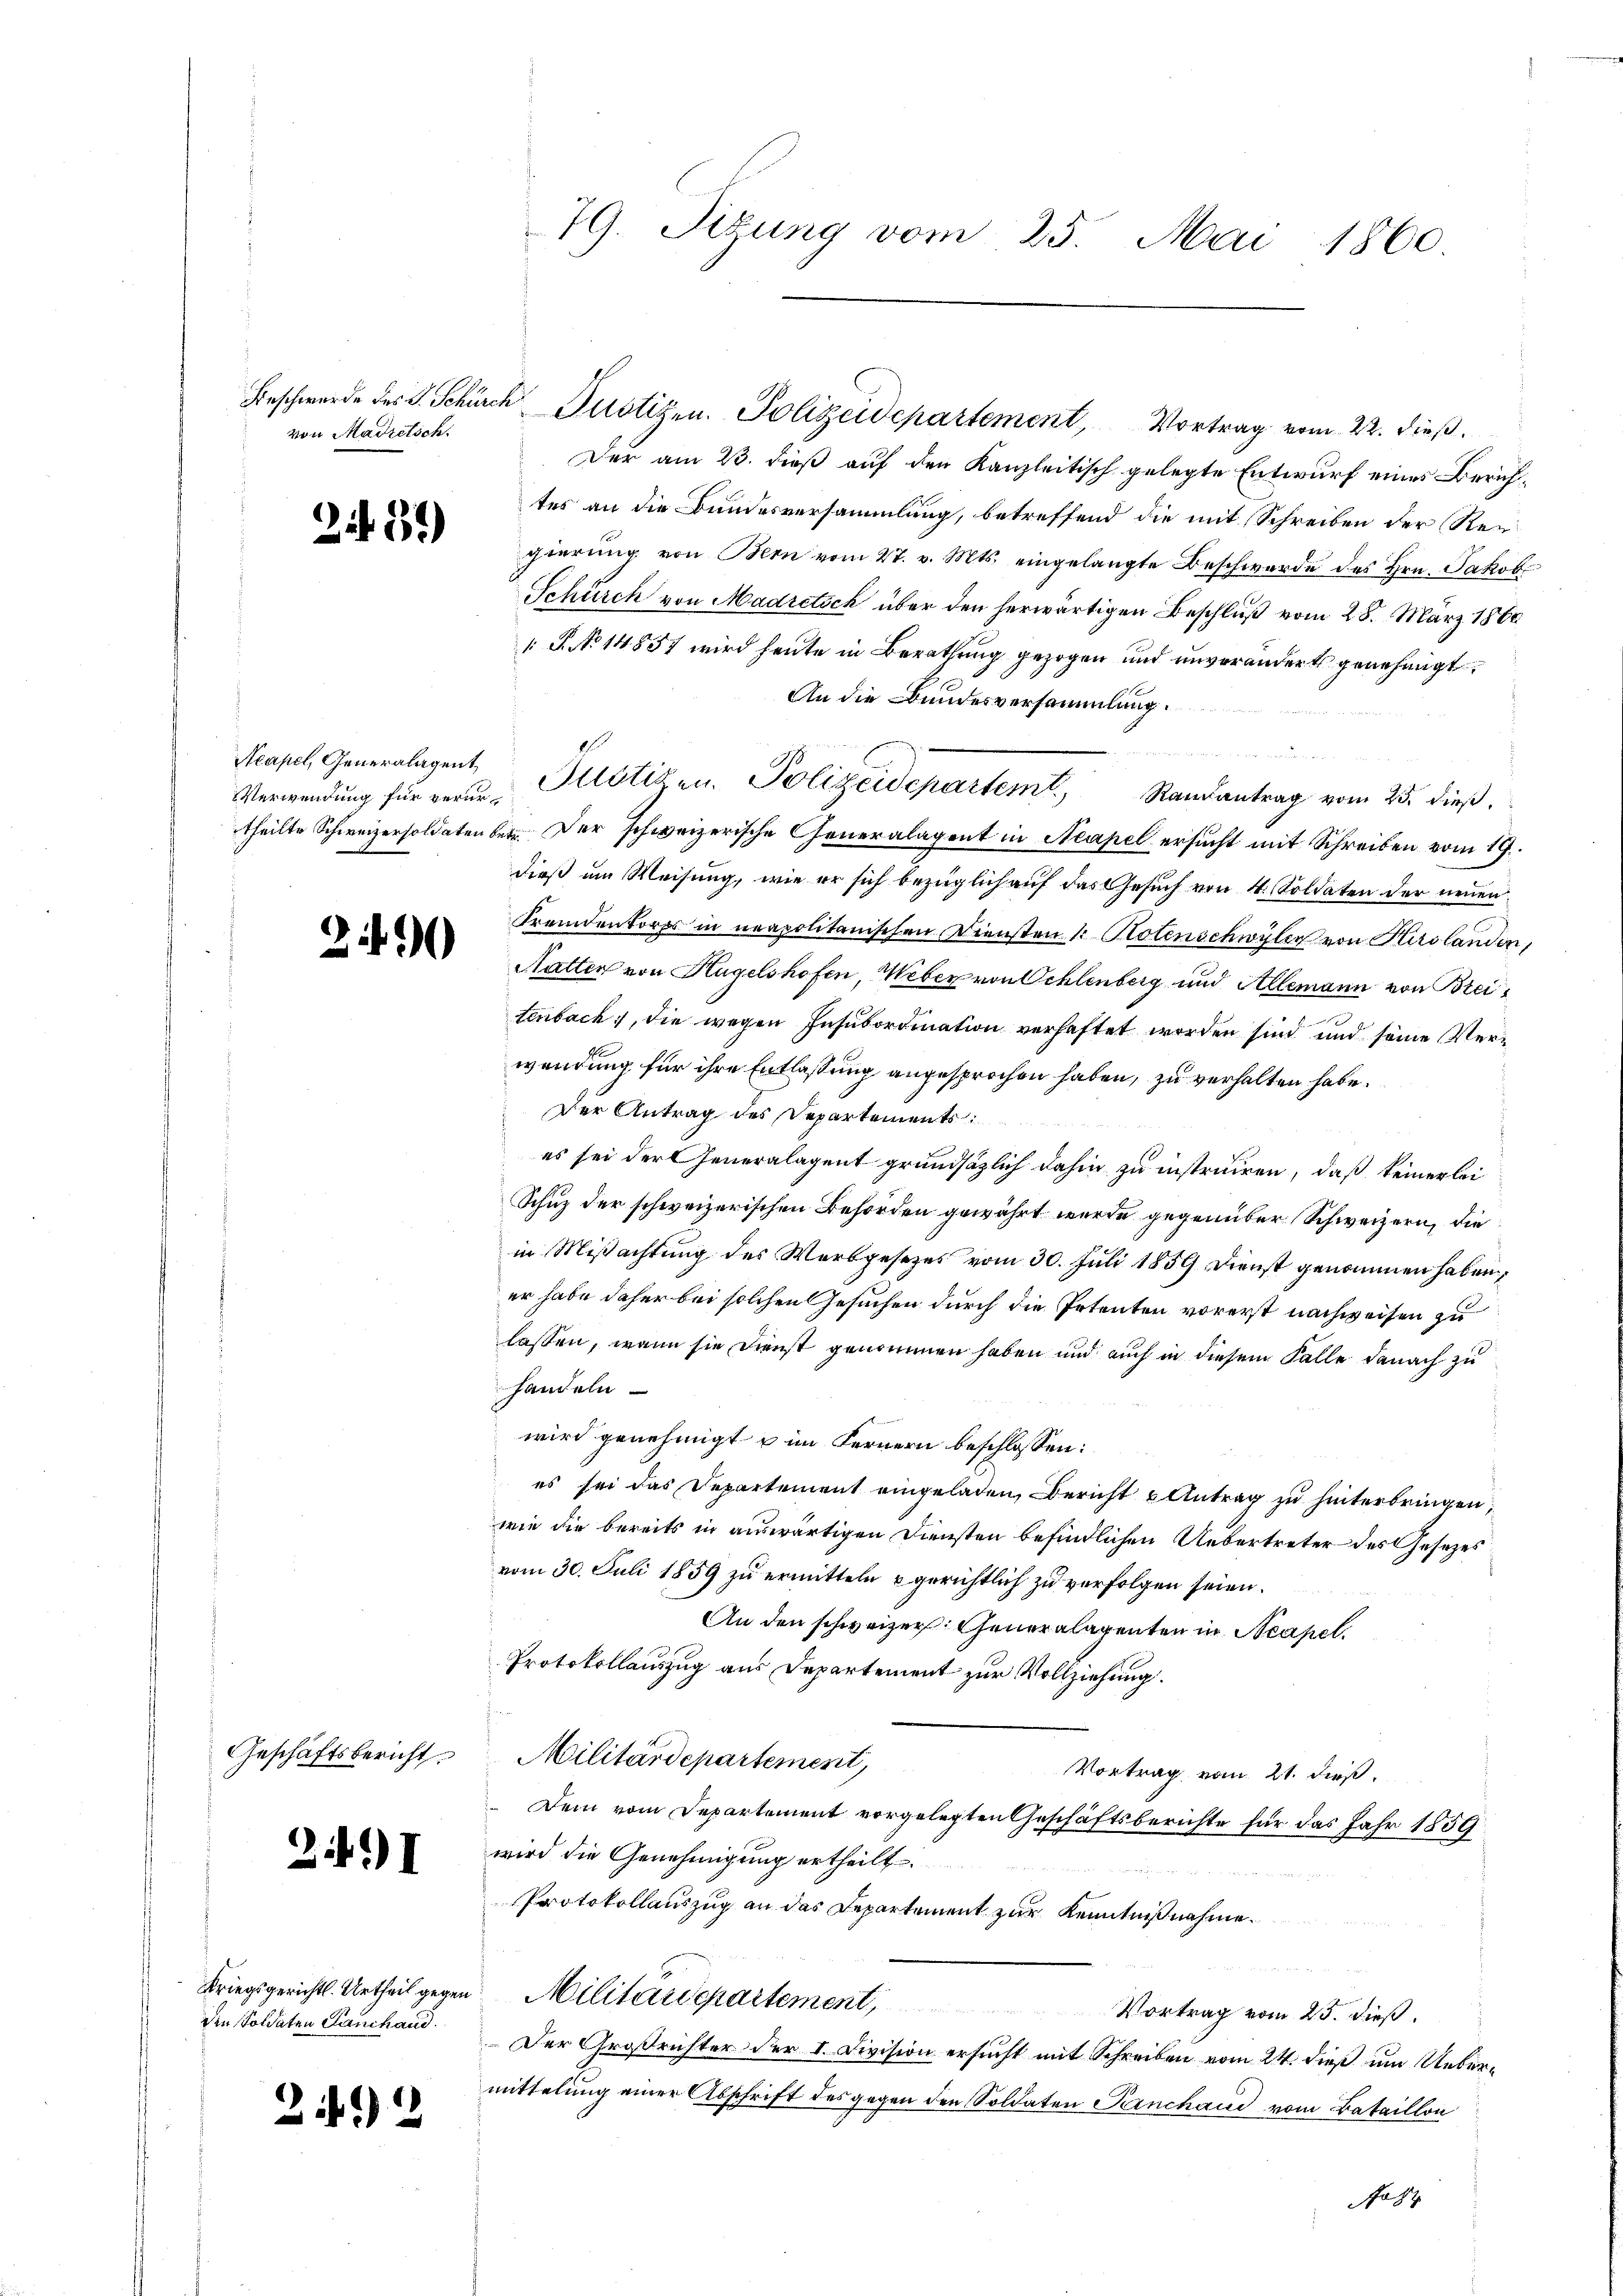
von Madretsch.

Zif. 59)

Verwendung für verur¬

Geschäftsbericht

249) I

die Soldaten Lauchand

212

2

79. Sitzung vom 25. Mai 1860.

Der am 23. dieß auf den Kanzleitisch gelegte Entwurf eines Zürichtes an die Bundesversammlung, betreffend die mit Schreiben der Regierŭng von Bern vom 27. v. Mts. eingelangte Beschwerde des Hrn. Jakob
Schürch von Madretsch über den herwärtigen Beschluß vom 28. März 1866
 P. No 14857 wird heute in Berathung gezogen und unverändert genehmigt,
An die Bundesversammlung.
theilte Schweizersoldaten bet. Der schweizerische Generalagent in Neapel ersucht mit Schreiben vom 19.
dieß um Weisung, wie er sich bezüglich auf das Gesuch von 4. Soldaten der neuen
Fremdenkorps in neapolitanischen Diensten 1. Hotenschwyler von Hirslanden,
Ratten von Hügelshofen, Weber von Schlenberg und Allemann von Breitenbach, die wegen Insubordination verhaftet worden sind und seine Verwendung für ihre Entlassung angesprochen haben, zu verhalten habe.
Der Antrag des Departements
es sei der Generalagent grundsätzlich dahin zu instruiren, daß keinerlei
Schuz der schweizerischen Behörden gewährt wurde gegenüber Schweizern, die
in Mißachtung des Werbgesezes vom 30. Juli 1859 Dienst genommen haben,
er habe daher bei solchen Gesuchen durch die Petenten vorerst nachweisen zu
lassen, wenn sie Dienst genommen haben und auch in diesem Falle danach zu
handeln
wird genehmigt u im Fernern beschlossen:
es sei das Departement eingeladen, Bericht u Antrag zu hinterbringen,
wie die bereits in auswärtigen Diensten befindlichen Uebertreter des Gesezes
vom 30. Juli 1859 zu ermitteln u gerichtlich zu verfolgen seien.
An den schweizer. Generalagenten in Neapel.
Protokollauszug aus Departement zur Vollziehung.
Militärdepartement,
Vortrag vom 21. dieß.
 Dem vom Departement vorgelegten Geschäftsberichte für das Jahr 1859
wird die Genehmigung ertheilt.
Protokollauszug an das Departement zur Kenntnißnahme.
Kriegsgerichts. Urtheil gegen Militärdepartement, Vortrag vom 25. dieß.
Der Großrichter der I. Division ersucht mit Schreiben vom 24. dieß um Uebermittelung einer Abschrift des gegen den Soldaten Panchaud vom Bataillon

Beschwerde des S. Schürch Justigen. Polizeidepartement, Vortrag vom 22. dieß.

Neapel Generalagent Justizen. Polizeidepartemt, Randantrag vom 25. dieβ.

Jah